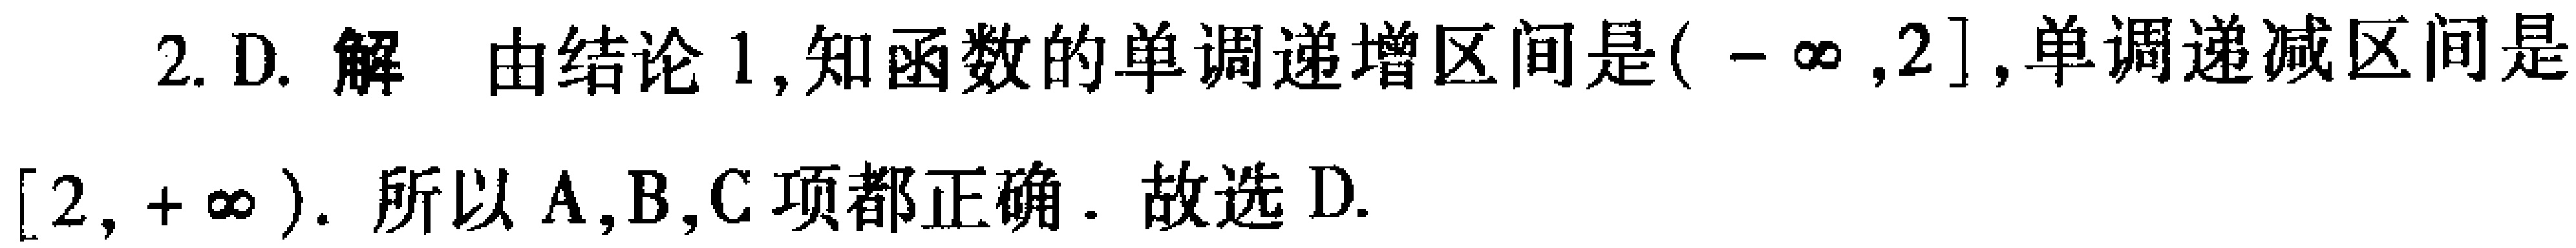
2. D. 解 由结论 1, 知函数的单调递增区间是\((-\infty,2]\),单调递减区间是\([2,+\infty)\). 所以 A,B,C 项都正确. 故选 D.